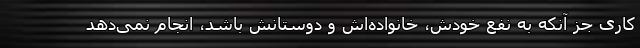
کاری جز آنکه به نفع خودش، خانواده‌اش و دوستانش باشد، انجام نمی‌دهد